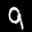
Label: 9